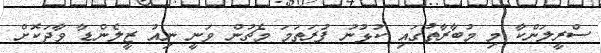
ސްރީލަންކާ މި މުބާރާތުގައި ކުޅުނު ފުރަތަމަ މެޗުން ވަނީ ނިއު ޒީލެންޑާ ވާދަކޮށް